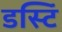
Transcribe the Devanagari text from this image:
डस्टिं